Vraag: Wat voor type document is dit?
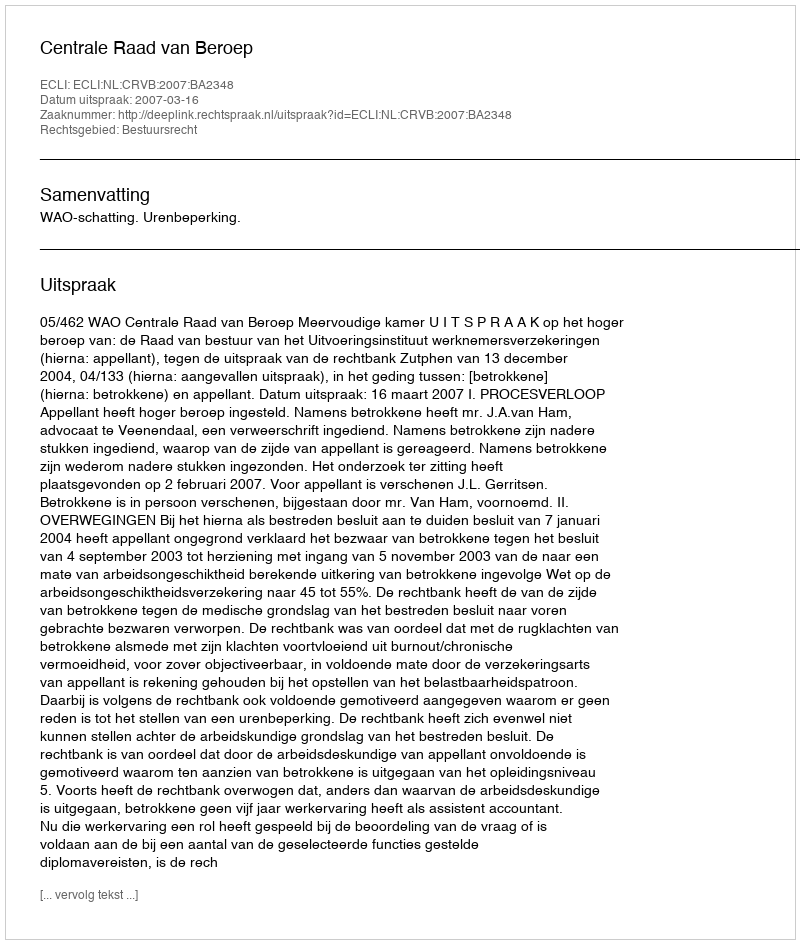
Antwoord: Uitspraak